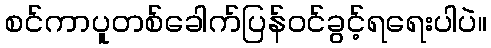
စင်ကာပူတစ်ခေါက်ပြန်ဝင်ခွင့်ရရေးပါပဲ။